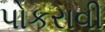
પોકરાવી